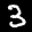
Label: 3